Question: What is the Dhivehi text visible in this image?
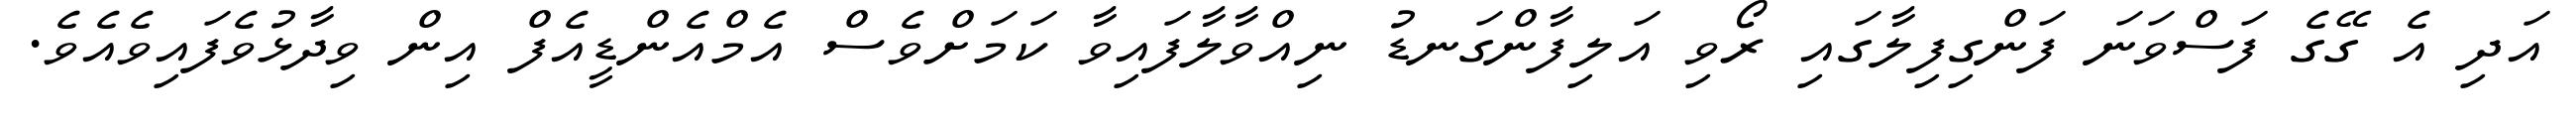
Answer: އަދި އެ ގޭގެ ފަސްވަނަ ފަންގިފިލާގައި ރޯވި އަލިފާންގަނޑު ނިއްވާލާފައިވާ ކަމަށްވެސް އެމްއެންޑީއެފް އިން ވިދާޅުވެފައިވެއެވެ.